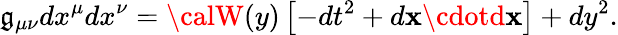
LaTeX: \mathfrak{g}_{\mu\nu}dx^{\mu}dx^{\nu}={\calW}(y)\left[-dt^{2}+d{\mathbf{x}}\cdotd{\mathbf{x}}\right]+dy^{2}.